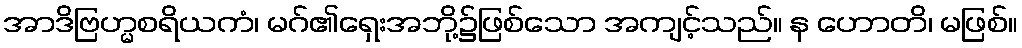
အာဒိဗြဟ္မစရိယကံ၊ မဂ်၏ရှေးအဘို့၌ဖြစ်သော အကျင့်သည်။ န ဟောတိ၊ မဖြစ်။